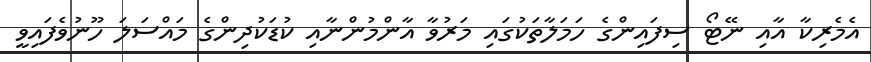
އެމެރިކާ އާއި ނޭޓޯ ސިފައިންގެ ހަމަލާތަކުގައި މަރުވާ އާންމުންނާއި ކުޑަކުދިންގެ މައްސަލަ ހޫނުވެފައިވީ